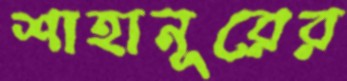
শাহানূরের